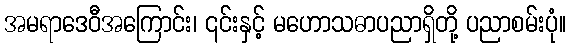
အမရာဒေဝီအကြောင်း၊ ၎င်းနှင့် မဟောသဓာပညာရှိတို့ ပညာစမ်းပုံ။